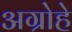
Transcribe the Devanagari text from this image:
अग्रोहे